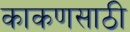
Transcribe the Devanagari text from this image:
काकणसाठी